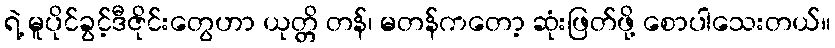
ရဲ့ မူပိုင်ခွင့်ဒီဇိုင်းတွေဟာ ယုတ္တိ တန်၊ မတန်ကတော့ ဆုံးဖြတ်ဖို့ စောပါသေးတယ်။